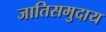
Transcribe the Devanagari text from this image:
जातिसमुदाय